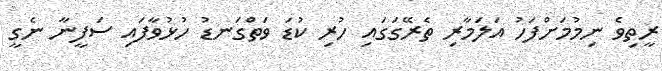
ރީތިވެ ނިމުމަށްފަހު އަލަމާރި ތެރޭގަގައި ހުރި ކުޑަ ވަތްގަނޑު ހުޅުވާފައި ސަފީނާ ނެގީ